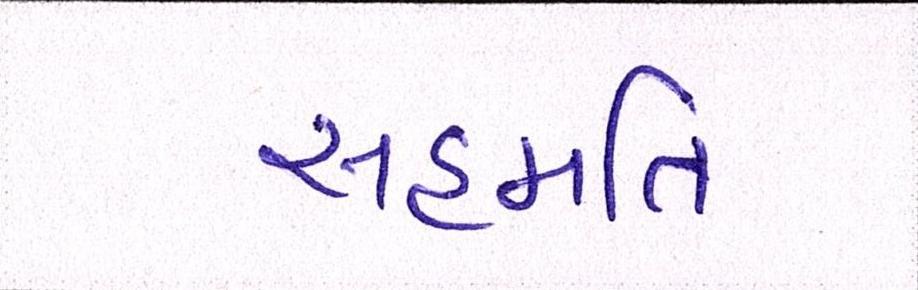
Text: સહમતિ